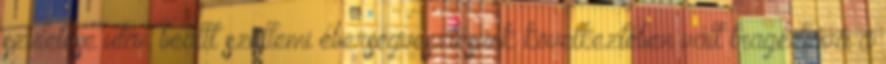
születése után beállt szellemi éberségvesztésünk következtében vált tragédiává a